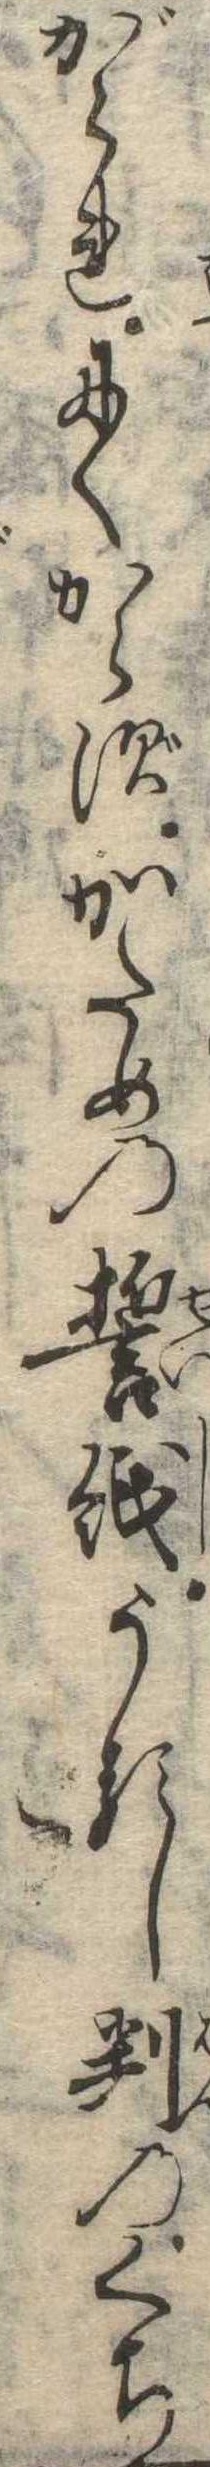
がられにくからずかための誓紙うるし判のくち